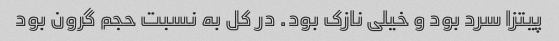
پیتزا سرد بود و خیلی نازک بود. در کل به نسبت حجم گرون بود